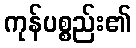
ကုန်ပစ္စည်း၏